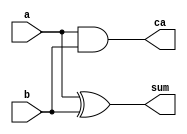

module halfadder ( a,b , sum,ca);
input a,b;
output sum, ca;
    assign sum=a^b;
    assign ca=a&b;
endmodule


module fulladder(input a,b,ca,output sum,carry );

wire w1, w2,w3;
halfadder h1(a,b,w1,w2);
halfadder h2(w1,ca,sum,w3);

assign carry= w3^w2;

endmodule